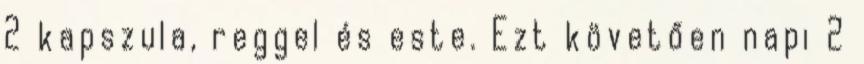
2 kapszula, reggel és este. Ezt követően napi 2